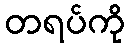
တရပ်ကို